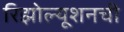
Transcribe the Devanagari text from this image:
रिझोल्यूशनची